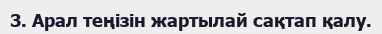
3. Арал теңізін жартылай сақтап қалу.